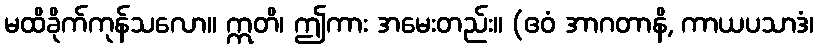
မထိခိုက်ကုန်သလော။ ဣတိ၊ ဤကား အမေးတည်း။ (ဧဝံ အာဂတာနိ, ကာယပသာဒံ၊